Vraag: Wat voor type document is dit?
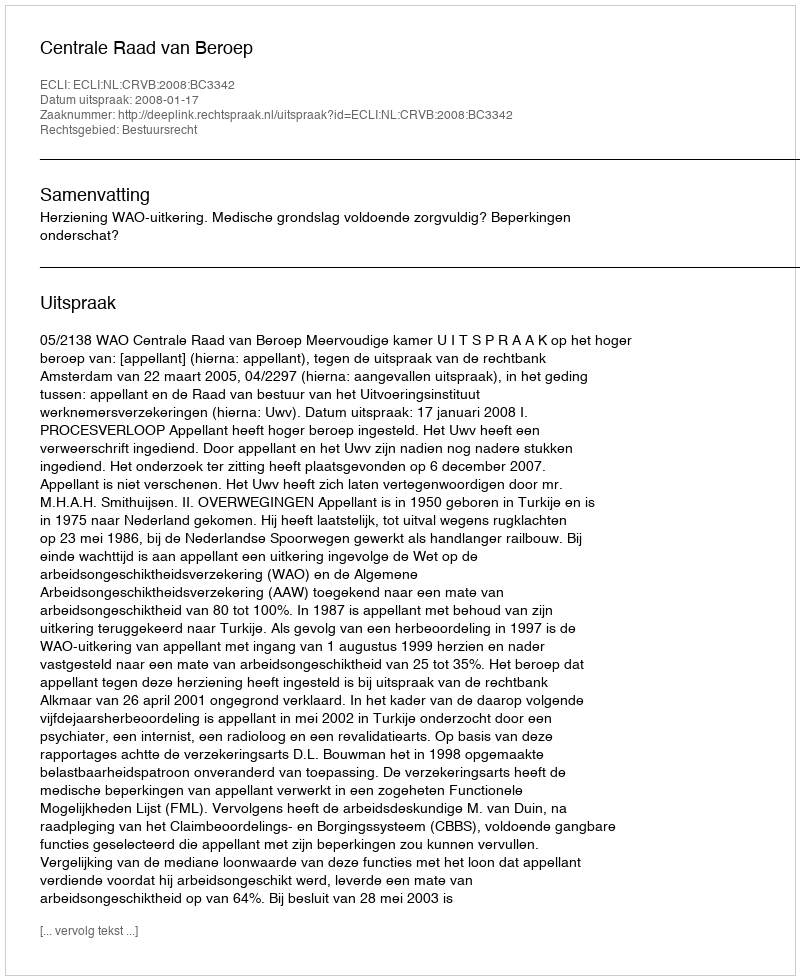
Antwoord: Uitspraak